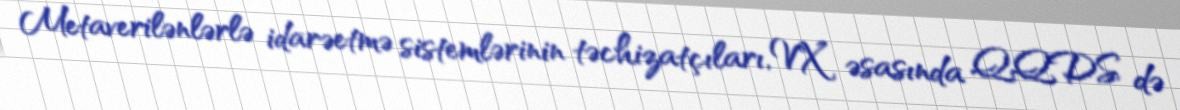
Metaverilənlərlə idarəetmə sistemlərinin təchizatçıları, VX əsasında QQDS də